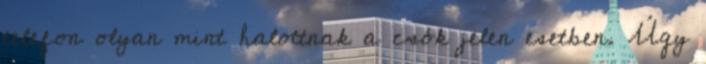
telefon olyan mint halottnak a csók jelen esetben. Úgy